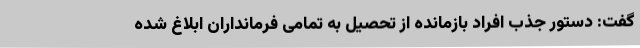
گفت: دستور جذب افراد بازمانده از تحصیل به تمامی فرمانداران ابلاغ شده